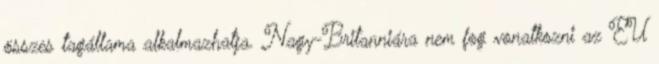
összes tagállama alkalmazhatja. Nagy-Britanniára nem fog vonatkozni az EU